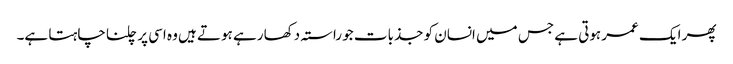
پھر ایک عمر ہوتی ہے جس میں انسان کو جذبات جو راستہ دکھا رہے ہوتے ہیں وہ اسی پر چلنا چاہتا ہے۔